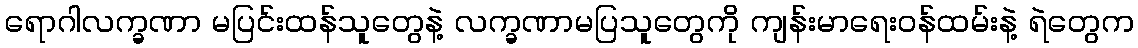
ရောဂါလက္ခဏာ မပြင်းထန်သူတွေနဲ့ လက္ခဏာမပြသူတွေကို ကျန်းမာရေးဝန်ထမ်းနဲ့ ရဲတွေက